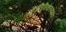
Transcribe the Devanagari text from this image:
शांतिनिकेतनाच्या